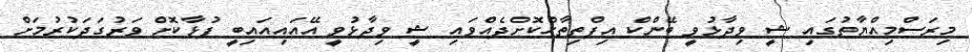
މިރަސްމިއްޔާތުގައި ޝީ ވިދާޅުވީ ބޭންކް އިފްތިތާހްކޮށްދެއްވައި ޝީ ވިދާޅުވީ އޭއައިއައިބީ ފުޅާކޮށް ވަރުގަދަކުރުމަށް